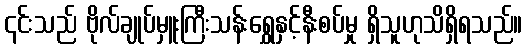
၎င်းသည် ဗိုလ်ချုပ်မှူးကြီးသန်းရွှေနှင့်နီးစပ်မှု ရှိသူဟုသိရှိရသည်။